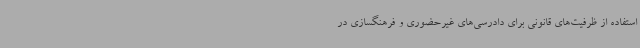
استفاده از ظرفیت‌های قانونی برای دادرسی‌های غیرحضوری و فرهنگسازی در